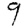
Digit: 9